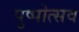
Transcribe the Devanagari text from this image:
पुष्पोत्सव